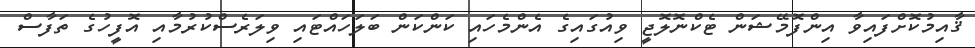
ޤާއިމުކޮށްފައިވާ އިންފޮމޭޝަން ޓެކްނޮލޮޖީ ވިއުގައިގެ އެންމެހައި ކަންކަން ބަލަހައްޓައި ވިލަރެސްކުރުމާއި އޮފީހުގެ ތަފާސް